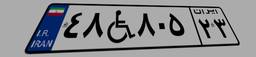
۴۸W۸۰۵۲۳